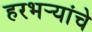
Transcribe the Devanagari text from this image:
हरभर्‍यांचे